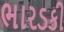
ભારડકી